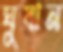
ঘুষান